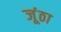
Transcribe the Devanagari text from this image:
जूंठा